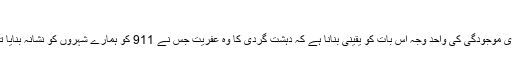
​
يہ امر بھی قابل توجہ ہے کہ افغانستان ميں ہماری فوجی کاروائ اور خطے ميں ہماری موجودگی کی واحد وجہ اس بات کو يقينی بنانا ہے کہ دہشت گردی کا وہ عفريت جس نے 911 کو ہمارے شہروں کو نشانہ بنايا تھا، اسے ختم کيا جا سکے اور دنيا بھر ميں اپنے شہريوں کو تحفظ فراہم کيا جا سکے۔